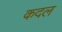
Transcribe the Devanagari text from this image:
कदल